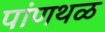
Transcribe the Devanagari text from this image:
पांणथळ